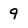
Character: 9